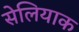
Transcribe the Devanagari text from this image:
सेलियाक